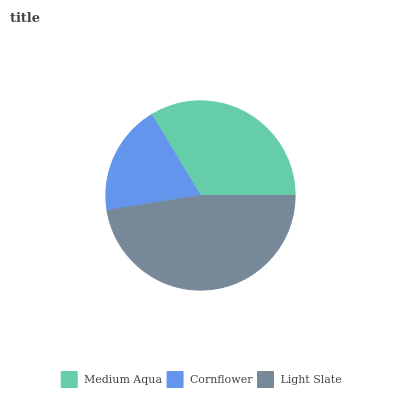
| Medium Aqua | Cornflower | Light Slate |
 | --- | --- | --- |
 | 33.6% | 18.9% | 47.5% |